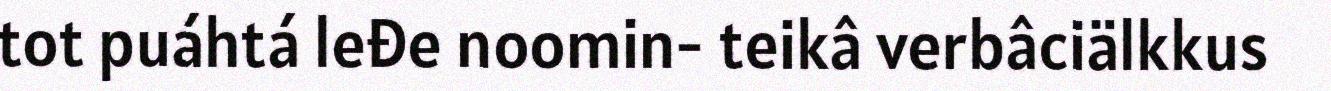
tot puáhtá leđe noomin- teikâ verbâciälkkus